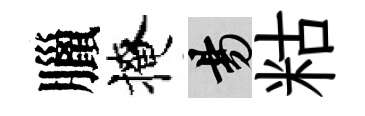
臘掩昜䊀